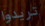
تريدوا